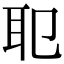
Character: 𦔶